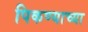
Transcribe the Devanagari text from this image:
पिकण्याच्या